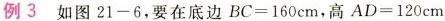
例3如图21-6，要在底边BC=160cm，高AD=120cm